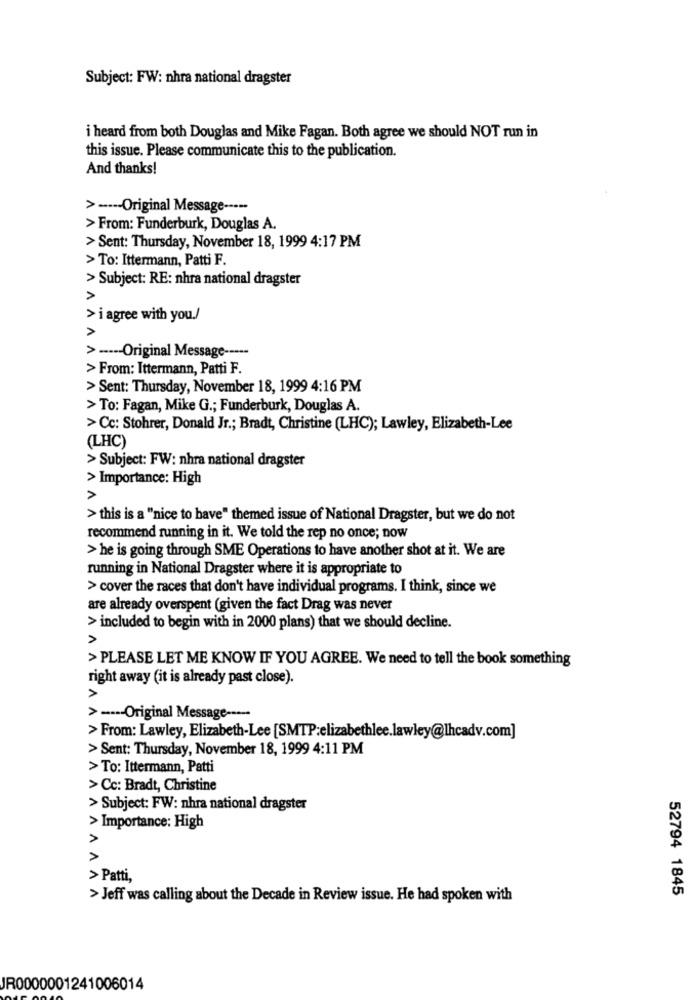
Subject: FW: nhra national dragster
i heard from both Douglas and Mike Fagan. Both agree we should NOT run in
this issue. Please communicate this to the publication.
And thanks!
> ---- Original Message -----
> From: Funderburk, Douglas A.
> Sent: Thursday, November 18, 1999 4:17 PM
> To: Ittermann, Patti F.
> Subject: RE: nhra national dragster
A
> i agree with you./
>
> ----- Original Message -----
> From: Ittermann, Patti F.
> Sent: Thursday, November 18, 1999 4:16 PM
> To: Fagan, Mike G .; Funderburk, Douglas A.
> Cc: Stohrer, Donald Jr .; Bradt, Christine (LHC); Lawley, Elizabeth-Lee
(LHC)
> Subject: FW: nhra national dragster
> Importance: High
>
> this is a "nice to have" themed issue of National Dragster, but we do not
recommend running in it. We told the rep no once; now
> he is going through SME Operations to have another shot at it. We are
running in National Dragster where it is appropriate to
> cover the races that don't have individual programs. I think, since we
are already overspent (given the fact Drag was never
> included to begin with in 2000 plans) that we should decline.
> PLEASE LET ME KNOW IF YOU AGREE. We need to tell the book something
right away (it is already past close).
>
> ---- Original Message -----
> From: Lawley, Elizabeth-Lee [SMTP:elizabethlee.lawley@lhcadv.com]
> Sent: Thursday, November 18, 1999 4:11 PM
> To: Ittermann, Patti
> Cc: Bradt, Christine
> Subject: FW: nhra national dragster
> Importance: High
>
> Patti,
52794 1845
> Jeff was calling about the Decade in Review issue. He had spoken with
JR0000001241006014